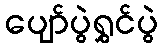
ပျော်ပွဲရွှင်ပွဲ